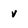
Character: v